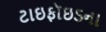
ટાઇફૉઇડના